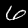
Digit: 6